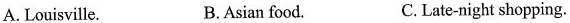
A. Louisille. B.Asian food. C.Late-night shopping.